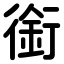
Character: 銜